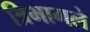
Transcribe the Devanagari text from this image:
त्रिभागले